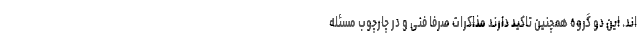
اند. این دو گروه همچنین تاکید دارند مذاکرات صرفا فنی و در چارچوب مسئله